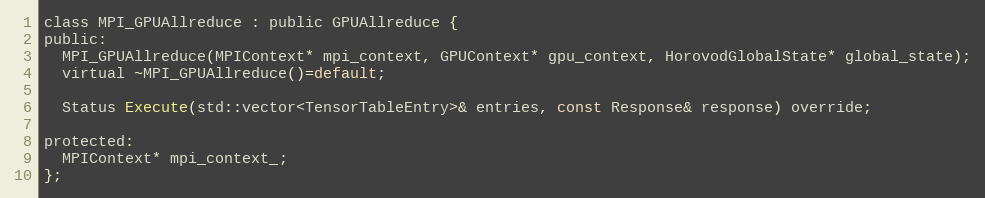
Language: C
class MPI_GPUAllreduce : public GPUAllreduce {
public:
  MPI_GPUAllreduce(MPIContext* mpi_context, GPUContext* gpu_context, HorovodGlobalState* global_state);
  virtual ~MPI_GPUAllreduce()=default;

  Status Execute(std::vector<TensorTableEntry>& entries, const Response& response) override;

protected:
  MPIContext* mpi_context_;
};